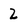
Character: 2